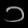
Digit: ၁